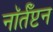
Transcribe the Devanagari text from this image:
नॉर्तँप्टन